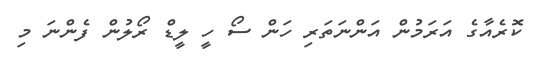
ކޮރެއާގެ އަރަމުން އަންނަތަރި ހަން ސޯ ހީ ލީޑް ރޯލުން ފެންނަ މި